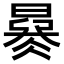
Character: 𣊜